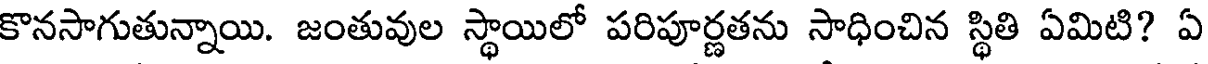
కొనసాగుతున్నాయి. జంతువుల స్థాయిలో పరిపూర్ణతను సాధించిన స్థితి ఏమిటి? ఏ